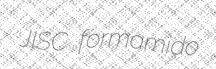
JISC formamido